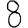
Digit: 8